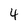
Character: 4